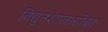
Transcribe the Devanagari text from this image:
विद्युतशास्त्रासोबत